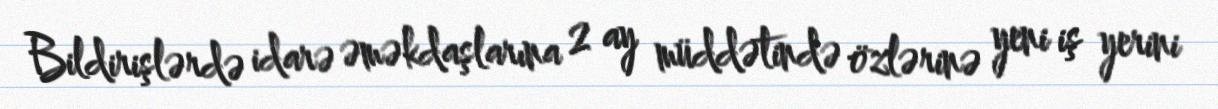
Bildirişlərdə idarə əməkdaşlarına 2 ay müddətində özlərinə yeni iş yerini